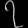
Digit: ၇